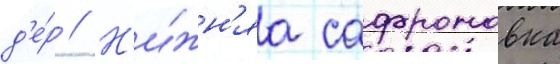
д'е́р // Н'и́жн'яа сафроновка